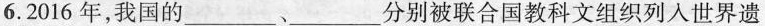
6.2016年，我国的___、___分别被联合国教科文组织列人世界遗